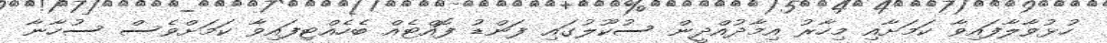
ހުޅުވާލާފައިވާ ކަމަށާއި މިހާރު އިމާދުއްދީން ސުކޫލުގައި ފަންޑު ފޮއްޓެއް ބެހެއްޓިފައިވާ ކަމަށްވެސް ސުހާނާ